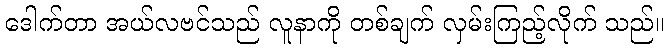
ဒေါက်တာ အယ်လဗင်သည် လူနာကို တစ်ချက် လှမ်းကြည့်လိုက် သည်။